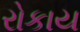
રોકાય